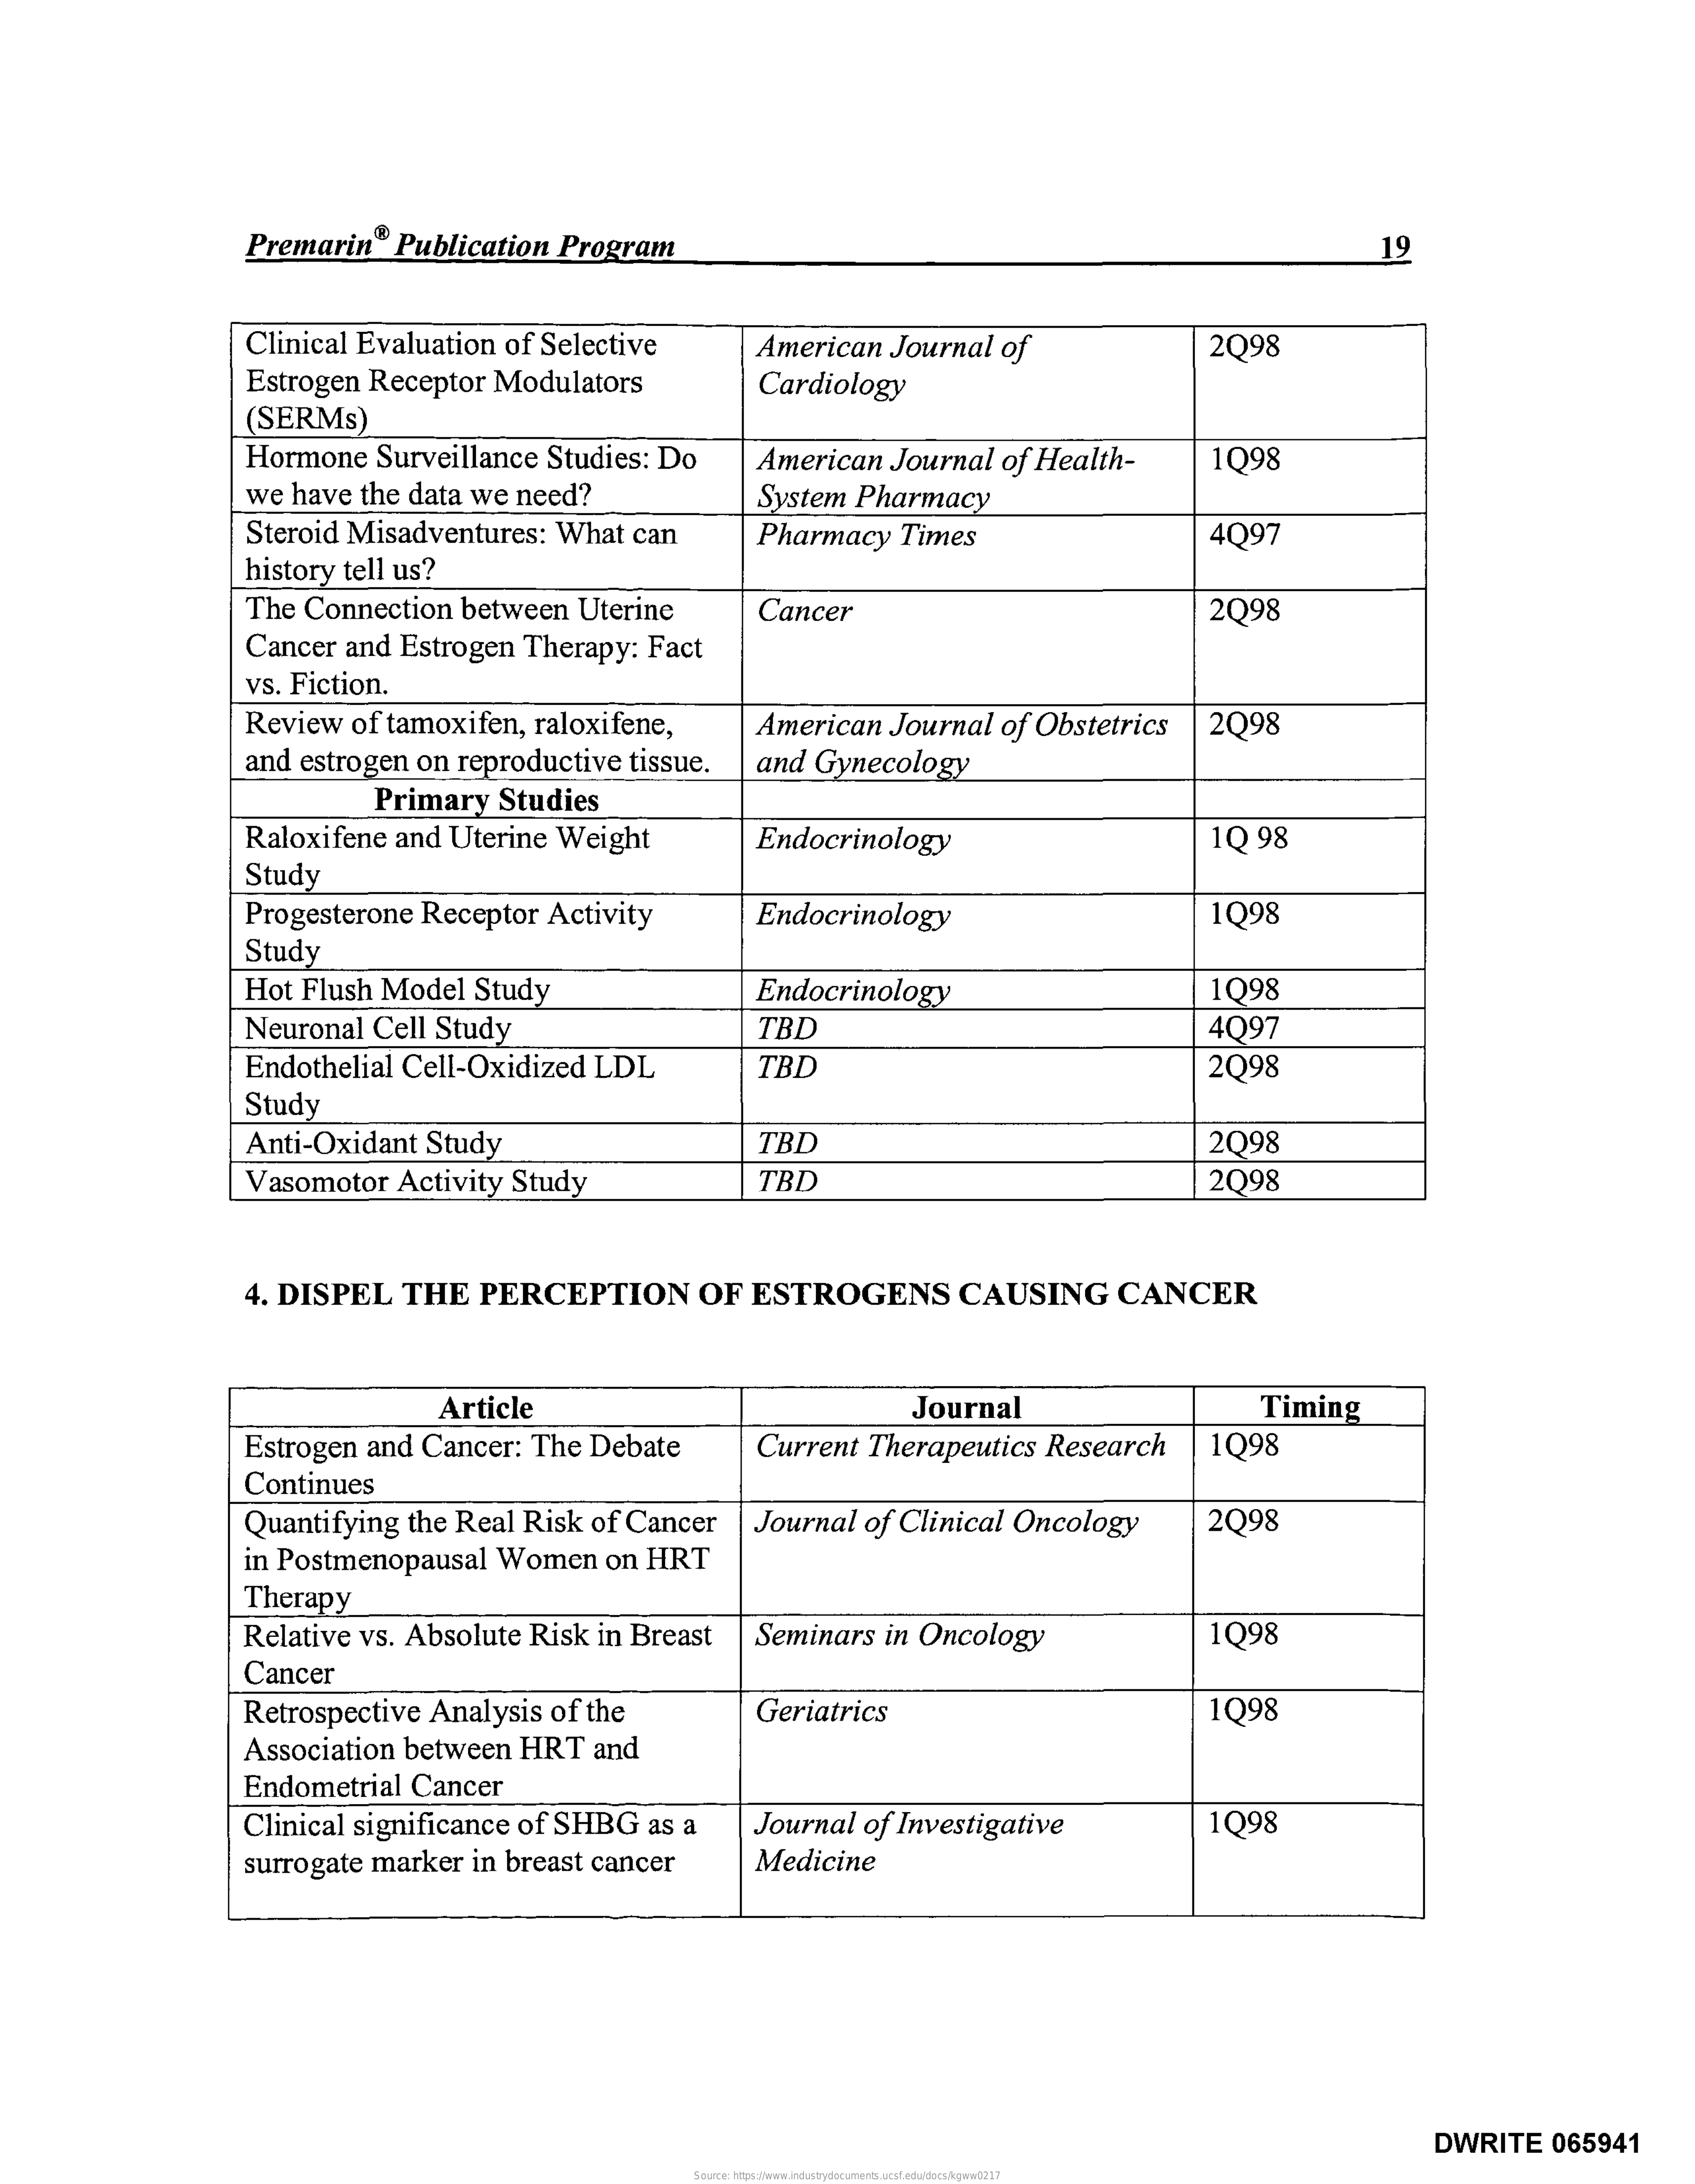
Premarin® Publication Program    19
     Clinical Evaluation of Selective American Journal of   2098
     Estrogen Receptor Modulators Cardiology
     (SERMs)
     Hormone Surveillance Studies: Do    1098
     we have the data we need?
     American Journal of Health-
     System Pharmacy
     Steroid Misadventures: What can Pharmacy Times    4097
     history tell us?
     The Connection between Uterine Cancer    2Q98
     Cancer and Estrogen Therapy: Fact
     vs. Fiction.
     Review of tamoxifen, raloxifene, American Journal of Obstetrics 2Q98
     and estrogen on reproductive tissue. and Gynecology
     Primary Studies
     Raloxifene and Uterine Weight Endocrinology    10 98
     Study
     Progesterone Receptor Activity Endocrinology    1098
     Study
     Hot Flush Model Study    Endocrinology    1098
     Neuronal Cell Study    TBD    4097
     Endothelial Cell-Oxidized LDL TBD    2098
     Study
     Anti-Oxidant Study    TBD    2098
     Vasomotor Activity Study    TBD    2098
     4. DISPEL THE PERCEPTION  OF ESTROGENS   CAUSING  CANCER
     Article    Journal    Timing
     Estrogen and Cancer: The Debate Current Therapeutics Research 1098
     Continues
     Quantifying the Real Risk of Cancer Journal of Clinical Oncology 2098
     in Postmenopausal Women on HRT
     Therapy
     Relative vs. Absolute Risk in Breast Seminars in Oncology 1Q98
     Cancer
     Retrospective Analysis of the Geriatrics    1Q98
     Association between HRT and
     Endometrial Cancer
     Clinical significance of SHBG as a Journal of Investigative 1Q98
     surrogate marker in breast cancer Medicine
     DWRITE 065941
     Source: https://www.industrydocuments.ucsf.edu/docs/kgww0217